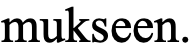
mukseen.